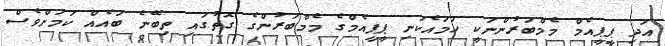
އަދި ޕީޕީއެމް މެމްބަރުންނަކީ ހަމައެކަނި ޕީޕީއެމްގެ މެމްބަރުންގެ ގޮތުގައި ތިބޭނެ ބައެއް ކަމަށްވެސް